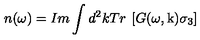
n ( \omega ) = I m \int d ^ { 2 } k T r \: \left[ G ( \omega , \mathrm { \boldmath k } ) \sigma _ { 3 } \right]